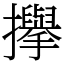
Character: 㩮